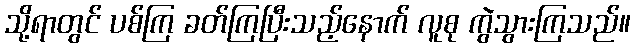
သို့ရာတွင် ပစ်ကြ ခတ်ကြပြီးသည့်နောက် လူစု ကွဲသွားကြသည်။